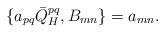
LaTeX: \begin{align*}\{a_{pq}\bar{Q}_{H}^{pq},B_{mn}\} = a_{mn}.\end{align*}